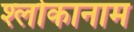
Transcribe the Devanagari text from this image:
श्लोकानाम